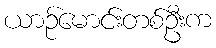
ယာဉ်မောင်းတစ်ဦးက